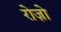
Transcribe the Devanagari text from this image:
रोज़ो